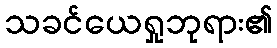
သခင်ယေရှုဘုရား၏